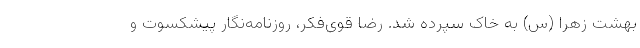
بهشت زهرا (س) به خاک سپرده شد. رضا قوی‌فکر، روزنامه‌نگار پیشکسوت و